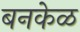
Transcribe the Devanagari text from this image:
बनकेळ